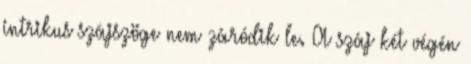
intrikus szájszöge nem záródik le. A száj két végén